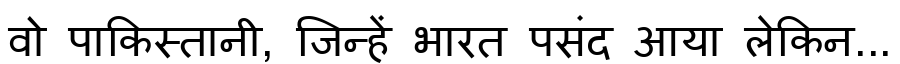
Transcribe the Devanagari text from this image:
वो पाकिस्तानी, जिन्हें भारत पसंद आया लेकिन...